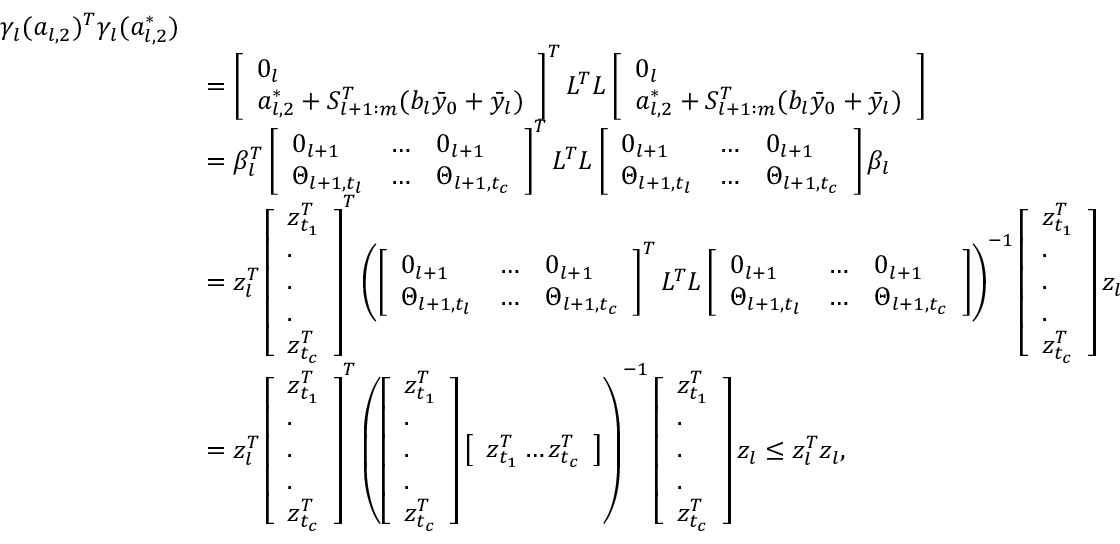
\begin{array} { r l } { \gamma _ { l } ( a _ { l , 2 } ) ^ { T } \gamma _ { l } ( a _ { l , 2 } ^ { * } ) } \\ & { = \left[ \begin{array} { l } { 0 _ { l } } \\ { a _ { l , 2 } ^ { * } + S _ { l + 1 : m } ^ { T } ( b _ { l } \bar { y } _ { 0 } + \bar { y } _ { l } ) } \end{array} \right] ^ { T } L ^ { T } L \left[ \begin{array} { l } { 0 _ { l } } \\ { a _ { l , 2 } ^ { * } + S _ { l + 1 : m } ^ { T } ( b _ { l } \bar { y } _ { 0 } + \bar { y } _ { l } ) } \end{array} \right] } \\ & { = \beta _ { l } ^ { T } \left[ \begin{array} { l l l } { 0 _ { l + 1 } } & { \dots } & { 0 _ { l + 1 } } \\ { \Theta _ { l + 1 , t _ { l } } } & { \dots } & { \Theta _ { l + 1 , t _ { c } } } \end{array} \right] ^ { T } L ^ { T } L \left[ \begin{array} { l l l } { 0 _ { l + 1 } } & { \dots } & { 0 _ { l + 1 } } \\ { \Theta _ { l + 1 , t _ { l } } } & { \dots } & { \Theta _ { l + 1 , t _ { c } } } \end{array} \right] \beta _ { l } } \\ & { = z _ { l } ^ { T } \left[ \begin{array} { l } { z _ { t _ { 1 } } ^ { T } } \\ { . } \\ { . } \\ { . } \\ { z _ { t _ { c } } ^ { T } } \end{array} \right] ^ { T } \left( \left[ \begin{array} { l l l } { 0 _ { l + 1 } } & { \dots } & { 0 _ { l + 1 } } \\ { \Theta _ { l + 1 , t _ { l } } } & { \dots } & { \Theta _ { l + 1 , t _ { c } } } \end{array} \right] ^ { T } L ^ { T } L \left[ \begin{array} { l l l } { 0 _ { l + 1 } } & { \dots } & { 0 _ { l + 1 } } \\ { \Theta _ { l + 1 , t _ { l } } } & { \dots } & { \Theta _ { l + 1 , t _ { c } } } \end{array} \right] \right) ^ { - 1 } \left[ \begin{array} { l } { z _ { t _ { 1 } } ^ { T } } \\ { . } \\ { . } \\ { . } \\ { z _ { t _ { c } } ^ { T } } \end{array} \right] z _ { l } } \\ & { = z _ { l } ^ { T } \left[ \begin{array} { l } { z _ { t _ { 1 } } ^ { T } } \\ { . } \\ { . } \\ { . } \\ { z _ { t _ { c } } ^ { T } } \end{array} \right] ^ { T } \left( \left[ \begin{array} { l } { z _ { t _ { 1 } } ^ { T } } \\ { . } \\ { . } \\ { . } \\ { z _ { t _ { c } } ^ { T } } \end{array} \right] \left[ \begin{array} { l } { z _ { t _ { 1 } } ^ { T } \dots z _ { t _ { c } } ^ { T } } \end{array} \right] \right) ^ { - 1 } \left[ \begin{array} { l } { z _ { t _ { 1 } } ^ { T } } \\ { . } \\ { . } \\ { . } \\ { z _ { t _ { c } } ^ { T } } \end{array} \right] z _ { l } \leq z _ { l } ^ { T } z _ { l } , } \end{array}